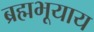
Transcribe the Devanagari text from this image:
ब्रह्मभूयाय